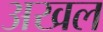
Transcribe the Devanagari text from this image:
अखल